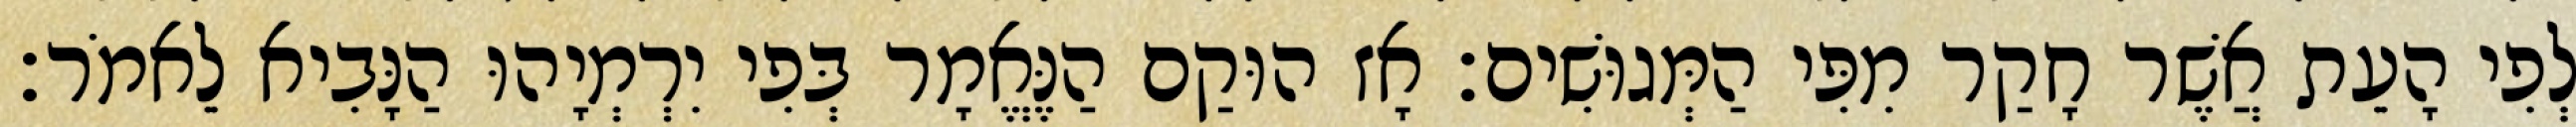
לְפִי הָעֵת אֲשֶׁר חָקַר מִפִּי הַמְּגוּשִׁים׃ אָז הוּקַם הַנֶּאֱמָר בְּפִי יִרְמְיָהוּ הַנָּבִיא לֵאמֹר׃